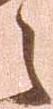
之